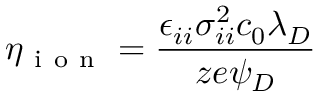
\eta _ { \mathrm { ~ i ~ o ~ n ~ } } = \frac { \epsilon _ { i i } \sigma _ { i i } ^ { 2 } c _ { 0 } \lambda _ { D } } { z e \psi _ { D } }